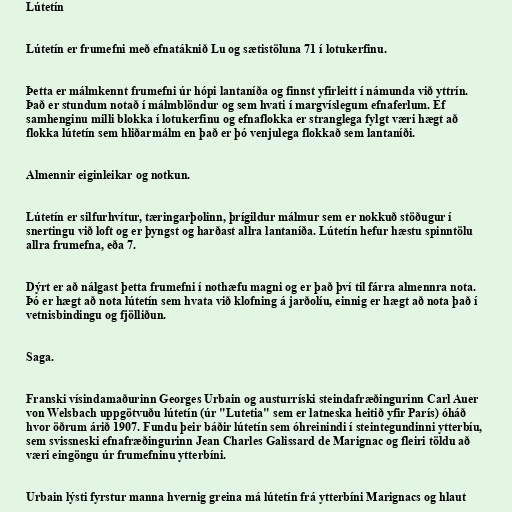
Lútetín

Lútetín er frumefni með efnatáknið Lu og sætistöluna 71 í lotukerfinu.

Þetta er málmkennt frumefni úr hópi lantaníða og finnst yfirleitt í námunda við yttrín.
Það er stundum notað í málmblöndur og sem hvati í margvíslegum efnaferlum. Ef
samhenginu milli blokka í lotukerfinu og efnaflokka er stranglega fylgt væri hægt að
flokka lútetín sem hliðarmálm en það er þó venjulega flokkað sem lantaníði.

Almennir eiginleikar og notkun.

Lútetín er silfurhvítur, tæringarþolinn, þrígildur málmur sem er nokkuð stöðugur í
snertingu við loft og er þyngst og harðast allra lantaníða. Lútetín hefur hæstu spinntölu
allra frumefna, eða 7.

Dýrt er að nálgast þetta frumefni í nothæfu magni og er það því til fárra almennra nota.
Þó er hægt að nota lútetín sem hvata við klofning á jarðolíu, einnig er hægt að nota það í
vetnisbindingu og fjölliðun.

Saga.

Franski vísindamaðurinn Georges Urbain og austurríski steindafræðingurinn Carl Auer
von Welsbach uppgötvuðu lútetín (úr "Lutetia" sem er latneska heitið yfir París) óháð
hvor öðrum árið 1907. Fundu þeir báðir lútetín sem óhreinindi í steintegundinni ytterbíu,
sem svissneski efnafræðingurinn Jean Charles Galissard de Marignac og fleiri töldu að
væri eingöngu úr frumefninu ytterbíni.

Urbain lýsti fyrstur manna hvernig greina má lútetín frá ytterbíni Marignacs og hlaut